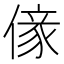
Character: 𠎵